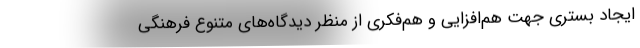
ایجاد بستری جهت هم‌افزایی و هم‌فکری از منظر دیدگاه‌های متنوع فرهنگی